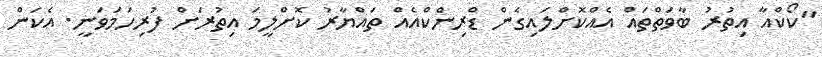
"ކޯކްއާ އިތުރު ބާވަތްތައް އެއްކޮށްލައިގެން ޑްރިންކްއެއް ތައްޔާރު ކޮށްލީމަ އިތުރަށް ފުރިހަމަވަނީ. އެކަން